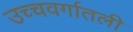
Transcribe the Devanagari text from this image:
उच्चवर्गातली